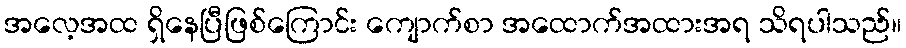
အလေ့အထ ရှိနေပြီဖြစ်ကြောင်း ကျောက်စာ အထောက်အထားအရ သိရပါသည်။